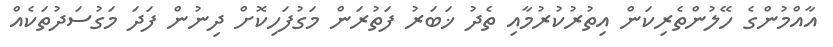
އާއްމުންގެ ހޭލުންތެރިކަން އިތުރުކުރުމާއި ތެދު ޚަބަރު ފަތުރަން މަގުފަހިކޮށް ދިނުން ފަދަ މަގުސަދުތަކެއް